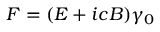
{ F } = ( { E } + i c { B } ) \gamma _ { 0 }